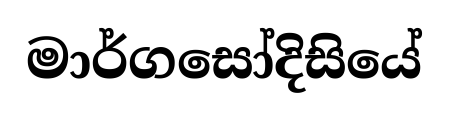
මාර්ගසෝදිසියේ